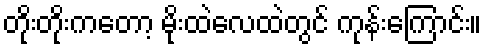
တိုးတိုးကတော့ မိုးထဲလေထဲတွင် ကုန်းကြောင်း။